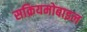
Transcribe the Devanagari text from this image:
सक्रियमोबाइल